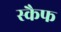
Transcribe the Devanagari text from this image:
स्कैफ